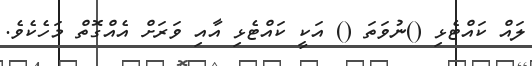
ލައް ކައްޓެޅި ()ނުވަތަ () އަކީ ކައްޓެޅި އާއި ވަރަށް އެއްގޮތް މަހެކެވެ.